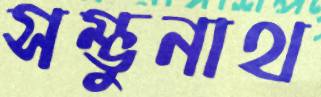
সম্ভুনাথ